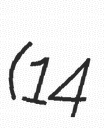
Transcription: (14